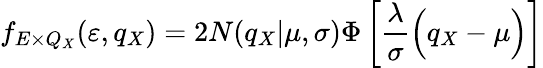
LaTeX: f_{E\times Q_{X}}(\varepsilon,q_{X})=2N(q_{X}|\mu,\sigma)\Phi\left[\frac{\lambda}{\sigma}\Bigl(q_{X}-\mu\Bigr)\right]